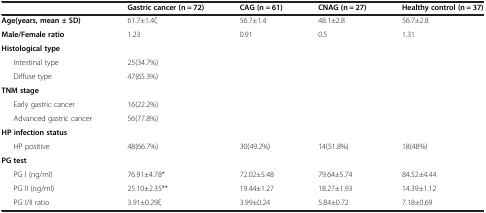
|  | Gastric cancer (n = 72) | CAG (n = 61) | CNAG (n = 27) | Healthy control (n = 37) |
 | --- | --- | --- | --- | --- |
 | Age(years, mean ± SD) | 61.7±1.4ζ | 56.7±1.4 | 48.1±2.8 | 56.7±2.8 |
 | Male/Female ratio | 1.23 | 0.91 | 0.5 | 1.31 |
 | Histological type |  |  |  |  |
 | Intestinal type | 25(34.7%) |  |  |  |
 | Diffuse type | 47(65.3%) |  |  |  |
 | TNM stage |  |  |  |  |
 | Early gastric cancer | 16(22.2%) |  |  |  |
 | Advanced gastric cancer | 56(77.8%) |  |  |  |
 | HP infection status |  |  |  |  |
 | HP positive | 48(66.7%) | 30(49.2%) | 14(51.8%) | 18(48%) |
 | PG test |  |  |  |  |
 | PG I (ng/ml) | 76.91±4.78* | 72.02±5.48 | 79.64±5.74 | 84.52±4.44 |
 | PG II (ng/ml) | 25.10±2.35** | 19.44±1.27 | 18.27±1.93 | 14.39±1.12 |
 | PG I/II ratio | 3.91±0.29ξ | 3.99±0.24 | 5.84±0.72 | 7.18±0.69 |